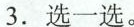
3.选一选。